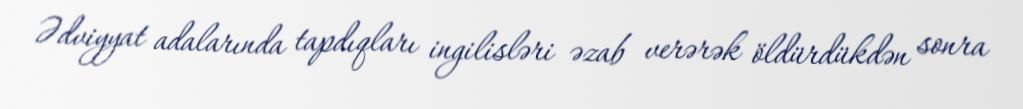
Ədviyyat adalarında tapdıqları ingilisləri əzab verərək öldürdükdən sonra